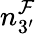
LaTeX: n_{3^{\prime}}^{\mathcal F}